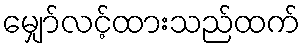
မျှော်လင့်ထားသည်ထက်